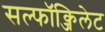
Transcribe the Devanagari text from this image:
सल्फॉक्जिलेट